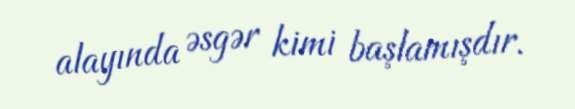
alayında əsgər kimi başlamışdır.